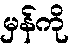
မှန်ကို